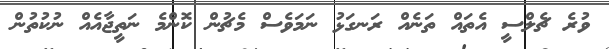
ވުރެ ޗެލްސީ އެތައް ތަނެއް ރަނގަޅު ނަމަވެސް މެޗުން ކޮންމެ ނަތީޖާއެއް ނުކުތުން